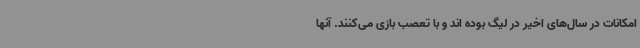
امکانات در سال‌های اخیر در لیگ بوده اند و با تعصب بازی می‌کنند. آنها